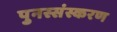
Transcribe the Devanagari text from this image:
पुनस्संस्करण